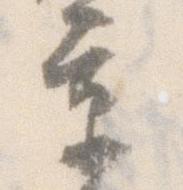
京